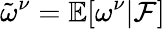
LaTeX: \tilde{\omega}^{\nu}=\mathbb E[\omega^{\nu}|\mathcal F]